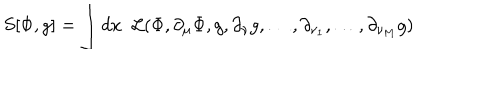
LaTeX: S [ \Phi , g ] = \int d x { \phantom { 0 } } { \cal L } ( \Phi , \partial _ { \mu } \Phi , g , \partial _ { \nu } g , \dots , \partial _ { \nu _ { 1 } } , \dots , \partial _ { \nu _ { M } } g )